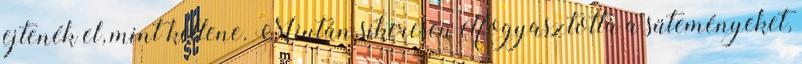
ejtenék el, mint kellene. Miután sikeresen elfogyasztotta a süteményeket,